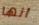
انها